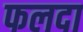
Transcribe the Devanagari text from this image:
फलदा